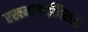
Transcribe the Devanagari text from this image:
रखमाबाईंविरुद्ध